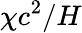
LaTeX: \chi c^{2}/H